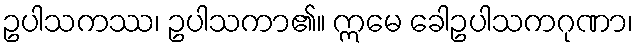
ဥပါသကဿ၊ ဥပါသကာ၏။ ဣမေ ခေါဥပါသကဂုဏာ၊